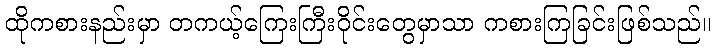
ထိုကစားနည်းမှာ တကယ့်ကြေးကြီးဝိုင်းတွေမှာသာ ကစားကြခြင်းဖြစ်သည်။